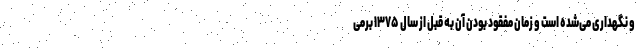
و نگهداری می‌شده است و زمان مفقود بودن آن به قبل از سال ۱۳۷۵ برمی